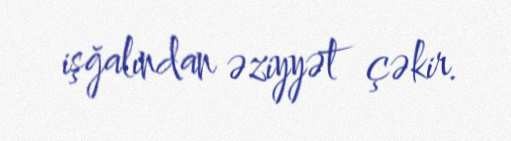
işğalından əziyyət çəkir.